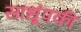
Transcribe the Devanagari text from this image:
साधूंपकी